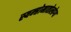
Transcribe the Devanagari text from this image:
स्यम्प्तोमातोलोग्य